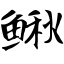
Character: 鳅